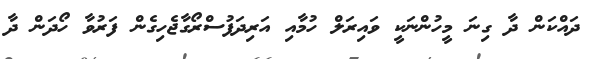
ދައްކަން ދާ ގިނަ މީހުންނަކީ ވައިރަލް ހުމާއި އަރިދަފުސްރޯގާޖެހިގެން ފަރުވާ ހޯދަން ދާ